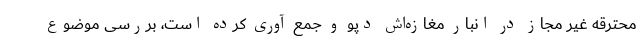
محترقه غیر مجاز در انبار مغازه‌اش دپو و جمع آوری کرده است، بررسی موضوع